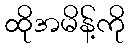
ထိုအမိန့်ကို